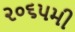
૨૦૬૫મી